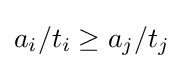
a_{i}/t_{i}\geq a_{j}/t_{j}